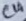
Text: C4